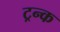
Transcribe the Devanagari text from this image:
ट्रन्क